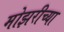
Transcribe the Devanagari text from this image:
मोझरीच्या